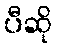
ပီဆို